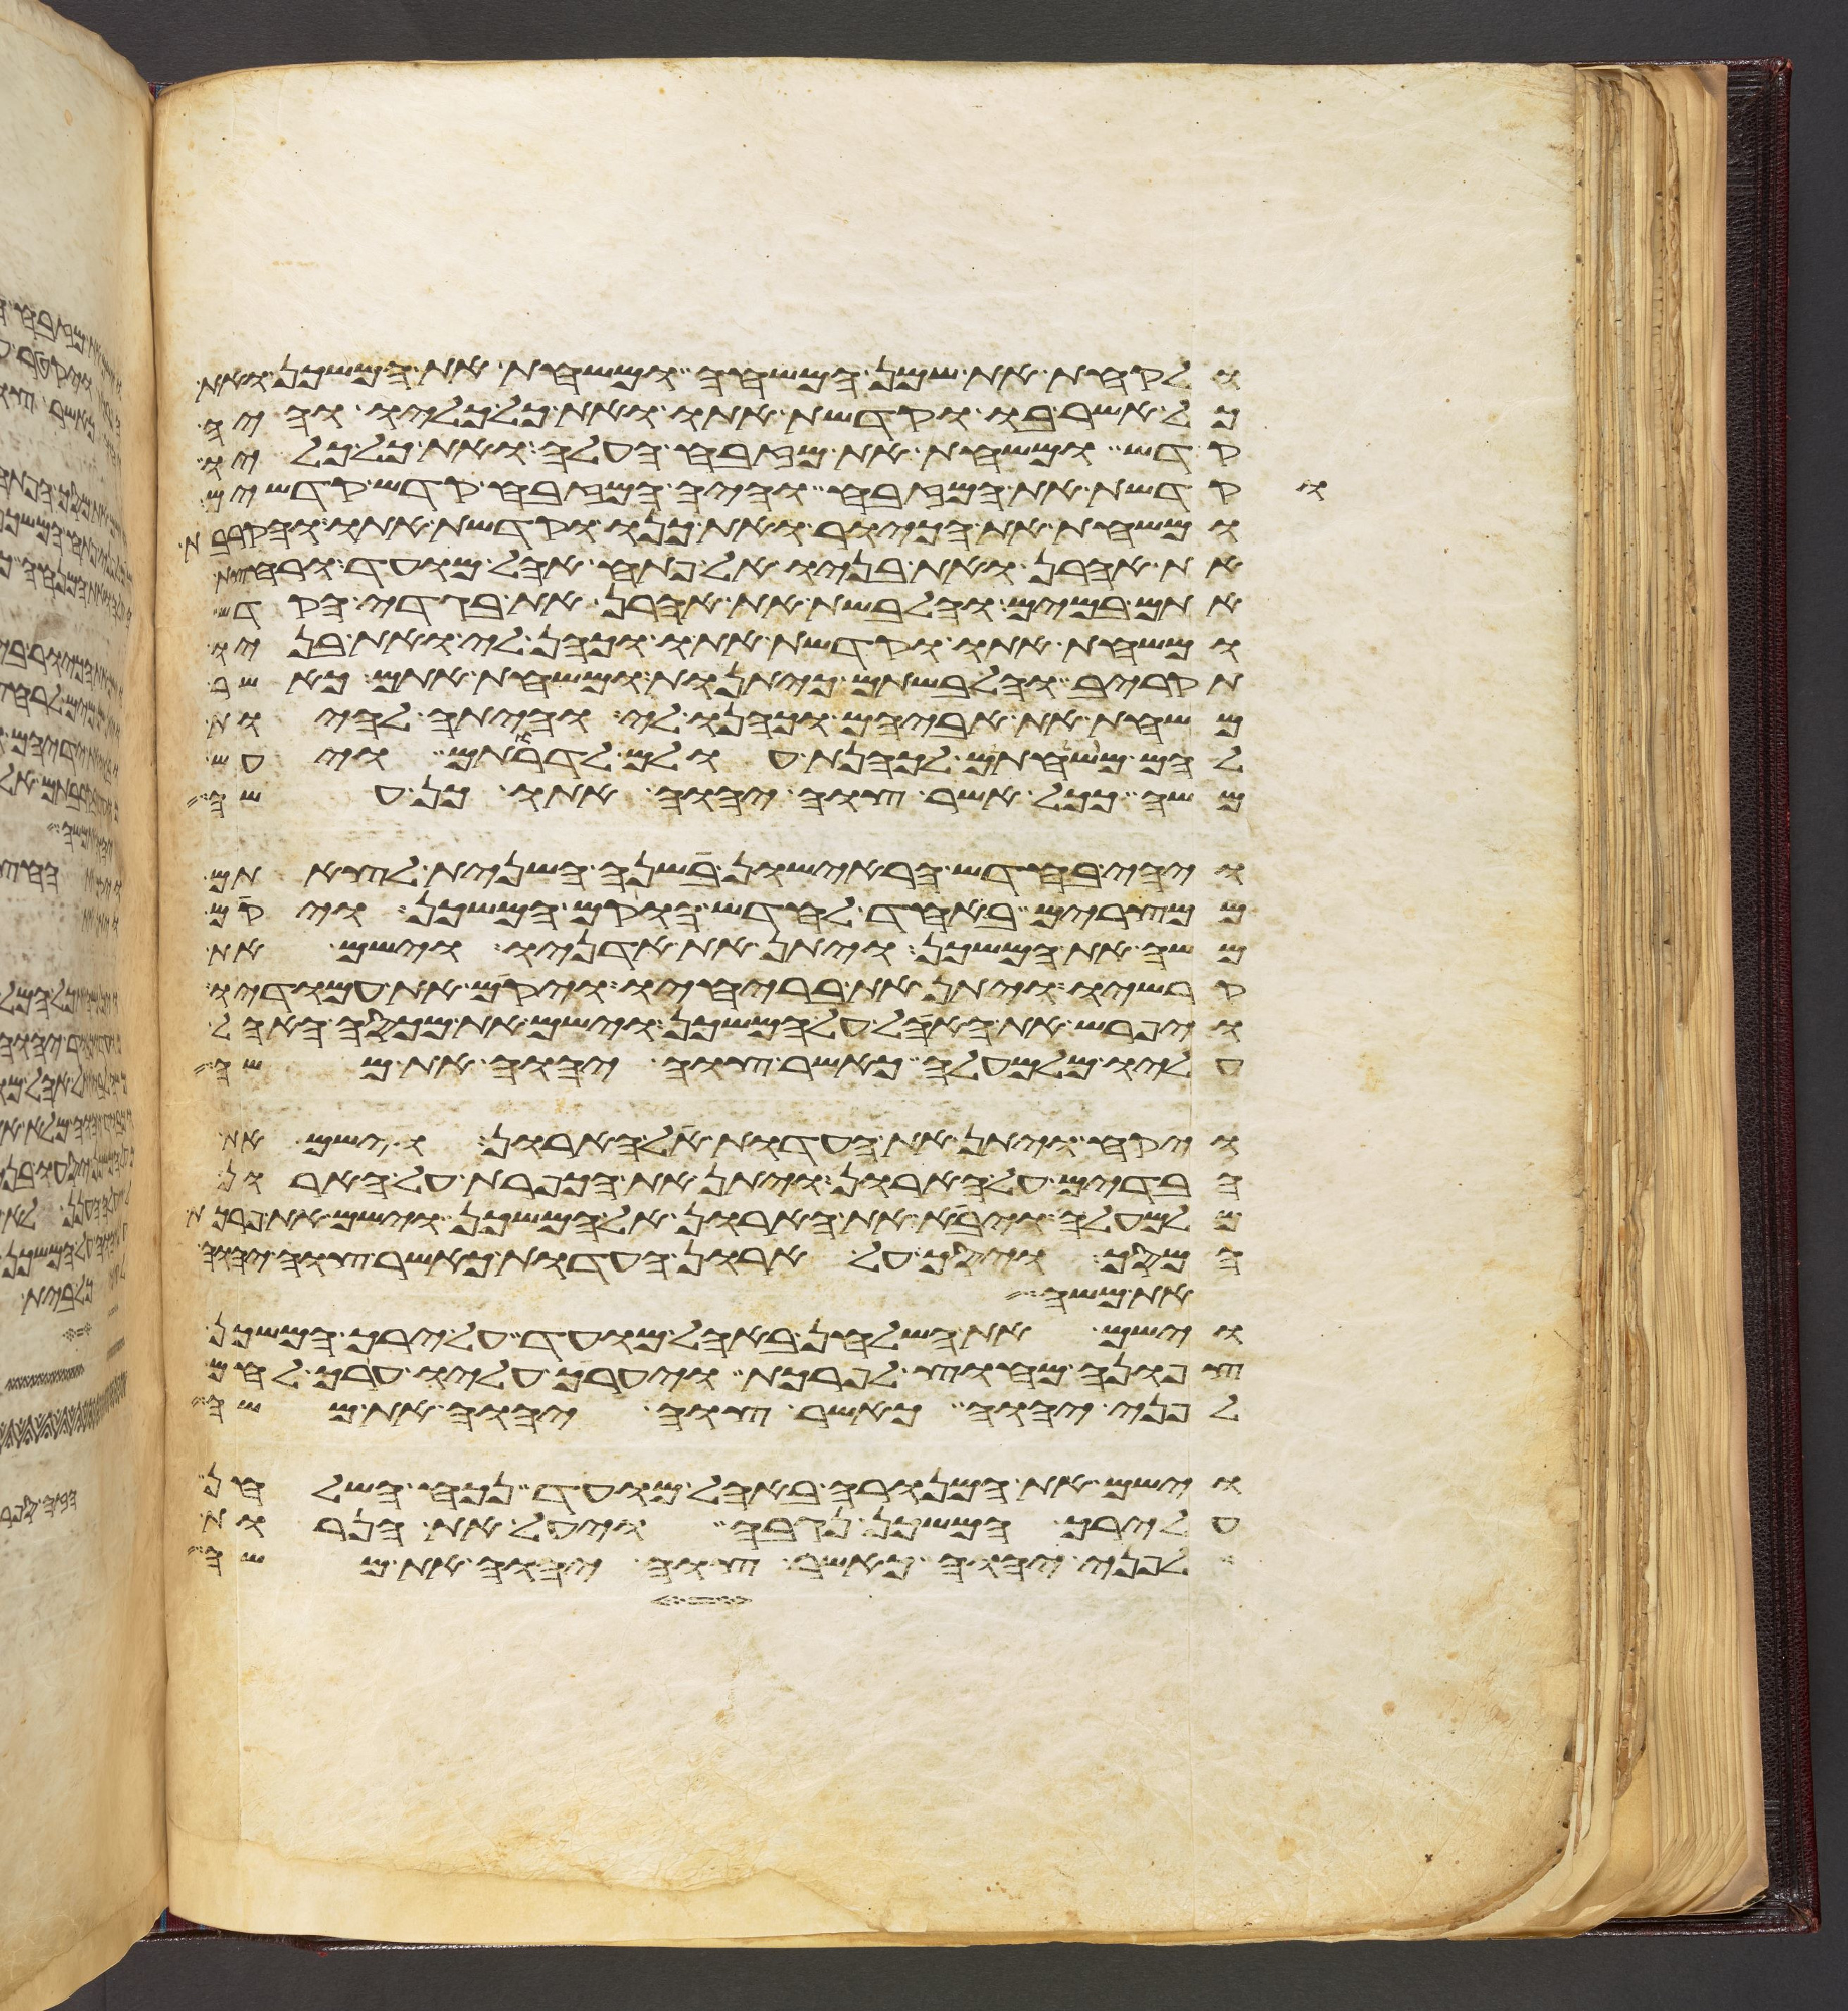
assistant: ולקחת את שמן המשחה ומשחת את המשכן ואת
כל אשר בו וקדשת אתו ואת כל כליו והיה
קדש ומשחת את מזבח העלה ואת כל כליו
וקדשת את המזבח והיה המזבח קדש קדשים
ומשחת את הכיור ואת כנו וקדשת אתו והקרבת
את אהרן ואת בניו אל פתח אהל מועד ורחצת
אתם במים והלבשת את אהרן את בגדי הקדש
ומשחת אתו וקדשת אתו וכהן לי ואת בניו
תקריב והלבשתם כיתנות ומשחת אתם כאשר
משחת את אביהם וכהנו לי והיתה להיות
להם משחתם לכהנת עולם לדרותם ויעש
משה ככל אשר צוה יהוה אתו כן עשה
ויהי בחדש הראישון בשנה השנית לצאתם
ממצרים באחד לחדש הוקם המשכן ויקם
משה את המשכן ויתן את אדניו וישם את
קרשיו ויתן את בריחיו ויקם את עמודיו
ויפרש את האהל על המשכן וישם את מכסה האהל
עליו מלמעלה כאשר צוה יהוה את משה
ויקח ויתן את העדות אל הארון וישם את
הבדים על הארון ויתן את הכפרת על הארון
מלמעלה ויבא את הארון אל המשכן וישם את פרכת
המסך ויסך על ארון העדות כאשר צוה יהוה
את משה
וישם את השלחן באהל מועד על ירך המשכן
צפונה מחוץ לפרכת ויערך עליו ערך לחם
לפני יהוה כאשר צוה יהוה את משה
וישם את המנורה באהל מועד נכח השלחן
על ירך המשכן נגבה ויעל את הנרות
לפני יהוה כאשר צוה יהוה את משה